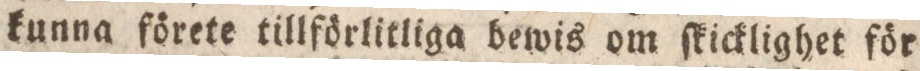
kunna förete tillförlitliga bewis om ſkicklighet för